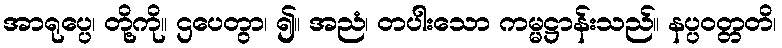
အာရုပ္ပေ၊ တို့ကို။ ဌပေတွာ၊ ၍။ အညံ၊ တပါးသော ကမ္မဋ္ဌာန်းသည်။ နပ္ပဝတ္တတိ၊